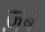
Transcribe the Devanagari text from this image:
ज़र्ब